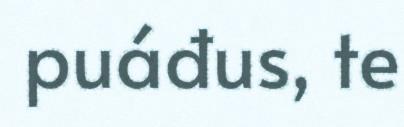
puáđus, te